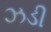
ઝડી